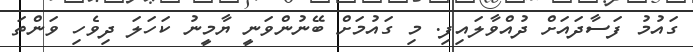
ގައުމު ފަސާދައަށް ދުއްވާލައިފި. މި ގައުމަށް ބޭނުންވަނީ ޔާމީނު ކަހަލަ ދިވެހި ވަންތަ